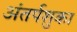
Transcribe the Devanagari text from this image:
अंतर्पशुका